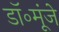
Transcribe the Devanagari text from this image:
डॉ॰मूंजे